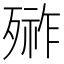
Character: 𣩋